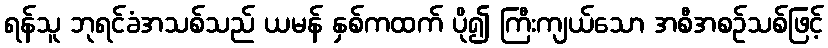
ရန်သူ ဘုရင်ခံအသစ်သည် ယမန် နှစ်ကထက် ပို၍ ကြီးကျယ်သော အစီအစဉ်သစ်ဖြင့်